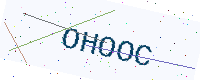
Text: OHOOC